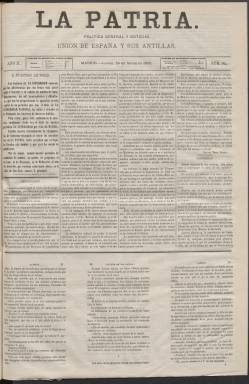
Título: La Patria (Madrid. 1870)
Colección: Periódicos
Ámbito geográfico: Madrid
Lugar de publicación: Madrid
Fechas: 24/03/1870-30/05/1870